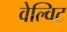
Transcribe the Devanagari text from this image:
वेल्विट